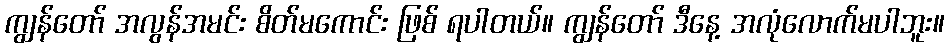
ကျွန်တော် အလွန်အမင်း စိတ်မကောင်း ဖြစ် ရပါတယ်။ ကျွန်တော် ဒီနေ့ အလုံလောက်မပါဘူး။